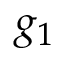
g _ { 1 }